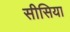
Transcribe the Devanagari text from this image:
सीसिया